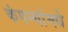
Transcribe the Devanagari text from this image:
कंपन्यांमधे